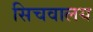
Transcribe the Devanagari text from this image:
सिचवालय